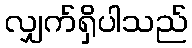
လျှက်ရှိပါသည်